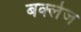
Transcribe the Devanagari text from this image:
बर्क्लेज